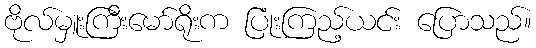
ဗိုလ်မှူးကြီးမော်ရိုးက ပြုံးကြည့်ယင်း ပြောသည်။